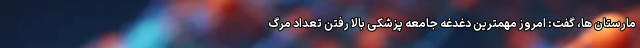
مارستان ها، گفت: امروز مهمترین دغدغه جامعه پزشکی بالا رفتن تعداد مرگ